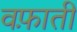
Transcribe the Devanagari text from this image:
वफ़ाती